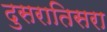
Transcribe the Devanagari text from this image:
दुसरातिसरा